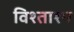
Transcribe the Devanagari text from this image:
विश्ताश्प